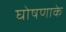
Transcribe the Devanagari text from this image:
घोषणाके